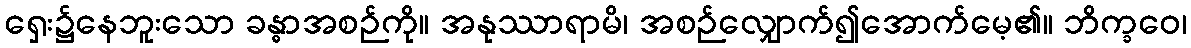
ရှေး၌နေဘူးသော ခန္ဓာအစဉ်ကို။ အနုဿာရာမိ၊ အစဉ်လျှောက်၍အောက်မေ့၏။ ဘိက္ခဝေ၊